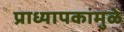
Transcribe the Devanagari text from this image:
प्राध्यापकांमुळे